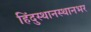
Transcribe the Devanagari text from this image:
हिंदुस्थानस्थानभर